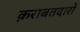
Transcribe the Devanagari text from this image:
क़राबतदारो